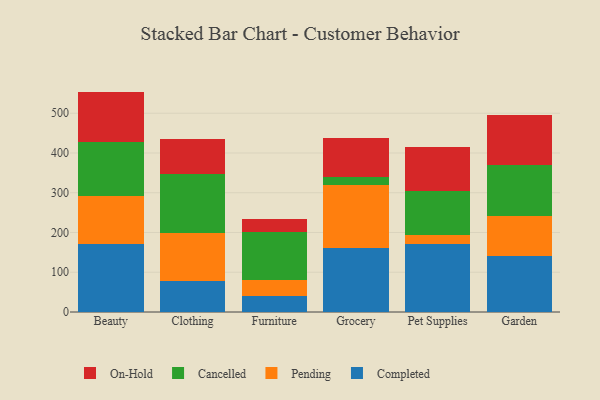
{"axis": {"x": "Category", "y": "Shipments"}, "legend": ["Cancelled", "Completed", "On-Hold", "Pending"], "data": [{"x": "Beauty", "y": 172.2, "type": "Completed"}, {"x": "Beauty", "y": 119.5, "type": "Pending"}, {"x": "Beauty", "y": 135.4, "type": "Cancelled"}, {"x": "Beauty", "y": 127.3, "type": "On-Hold"}, {"x": "Clothing", "y": 77.2, "type": "Completed"}, {"x": "Clothing", "y": 122.7, "type": "Pending"}, {"x": "Clothing", "y": 146.6, "type": "Cancelled"}, {"x": "Clothing", "y": 88.5, "type": "On-Hold"}, {"x": "Furniture", "y": 41.4, "type": "Completed"}, {"x": "Furniture", "y": 39.4, "type": "Pending"}, {"x": "Furniture", "y": 119.4, "type": "Cancelled"}, {"x": "Furniture", "y": 32.8, "type": "On-Hold"}, {"x": "Grocery", "y": 161.1, "type": "Completed"}, {"x": "Grocery", "y": 159.0, "type": "Pending"}, {"x": "Grocery", "y": 19.4, "type": "Cancelled"}, {"x": "Grocery", "y": 98.8, "type": "On-Hold"}, {"x": "Pet Supplies", "y": 171.0, "type": "Completed"}, {"x": "Pet Supplies", "y": 22.5, "type": "Pending"}, {"x": "Pet Supplies", "y": 109.9, "type": "Cancelled"}, {"x": "Pet Supplies", "y": 111.3, "type": "On-Hold"}, {"x": "Garden", "y": 140.5, "type": "Completed"}, {"x": "Garden", "y": 102.1, "type": "Pending"}, {"x": "Garden", "y": 127.6, "type": "Cancelled"}, {"x": "Garden", "y": 126.3, "type": "On-Hold"}]}